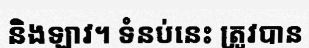
និងឡាវ។ ទំនប់នេះ ត្រូវបាន